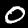
Label: 0